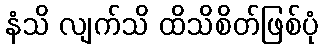
နံသိ လျက်သိ ထိသိစိတ်ဖြစ်ပုံ